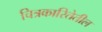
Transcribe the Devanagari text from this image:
चित्रकारितेतील